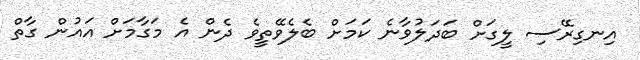
އިނގިރޭސި ލީގަށް ބަދަލުވާނެ ކަމަށް ބެލެވޭތީވެ ދެން އެ މަގާމަށް އައުން ގާތް